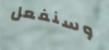
وسنفعل